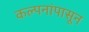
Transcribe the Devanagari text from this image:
कल्पनांपासून